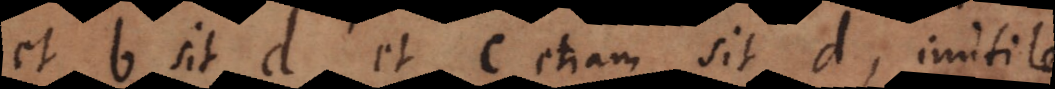
et b sit d et c etiam sit d, inutile